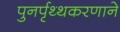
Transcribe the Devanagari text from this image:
पुनर्पृथ्थकरणाने